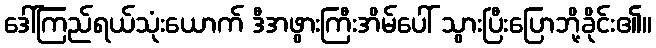
ဒေါ်ကြည်ရယ်သုံးယောက် ဒီအဖွားကြီးအိမ်ပေါ် သွားပြီးပြောဘို့ခိုင်း၏။